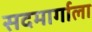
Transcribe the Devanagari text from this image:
सदमार्गाला